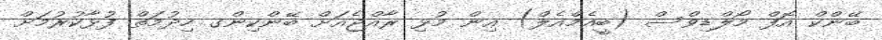
ބޭންކް އޮފް މޯލްޑިވްސް (ބީއެމްއެލް) އިން މުޅި ރާއްޖެއަށް ބޭންކިންގ ހިދުމަތް ފުޅާކުރުމަށް